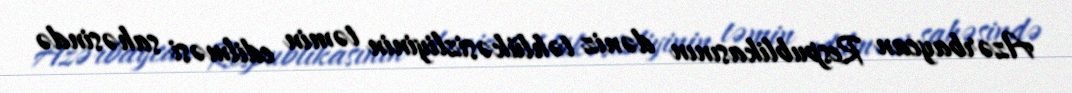
Azərbaycan Respublikasının dəniz təhlükəsizliyinin təmin edilməsi sahəsində